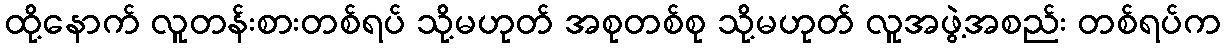
ထို့နောက် လူတန်းစားတစ်ရပ် သို့မဟုတ် အစုတစ်စု သို့မဟုတ် လူအဖွဲ့အစည်း တစ်ရပ်က